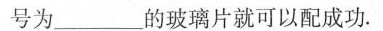
号为___的玻璃片就可以配成功。